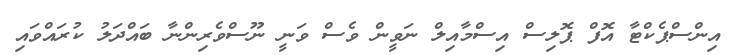
އިންސްޕެކްޓާ އޮފް ޕޮލިސް އިސްމާއިލް ނަވީން ވެސް ވަނީ ނޫސްވެރިންނާ ބައްދަލު ކުރައްވައި